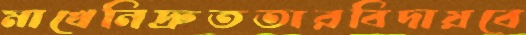
মাখেনিদ্রুততারবিদায়বে